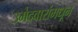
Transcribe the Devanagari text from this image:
उमेदवारांमधून